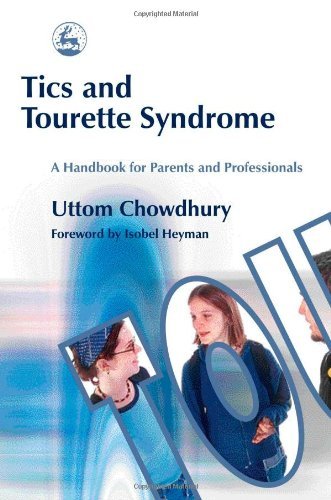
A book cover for Tics and Tourette Syndrome: A Handbook for Parents and Professionals [Paperback] [2004] (Author) Uttom Chowdhury, Isobel Heyman; Health, Fitness & Dieting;